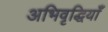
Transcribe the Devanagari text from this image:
अभिवृद्धियाँ